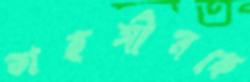
তাহসীনকে